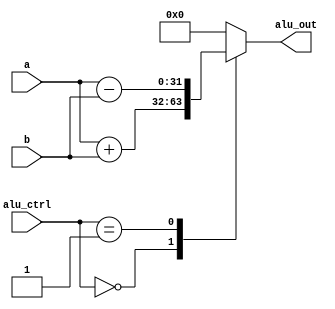
module alu(
    input [31:0] a,b,
    input [1:0] alu_ctrl,
    output reg [31:0] alu_out
);

always@(*) begin
    case(alu_ctrl)
    4'h0: alu_out = a + b;
    4'h1: alu_out = a - b;
    default: alu_out = 32'h0;
    endcase
end

endmodule